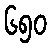
၆၅၀